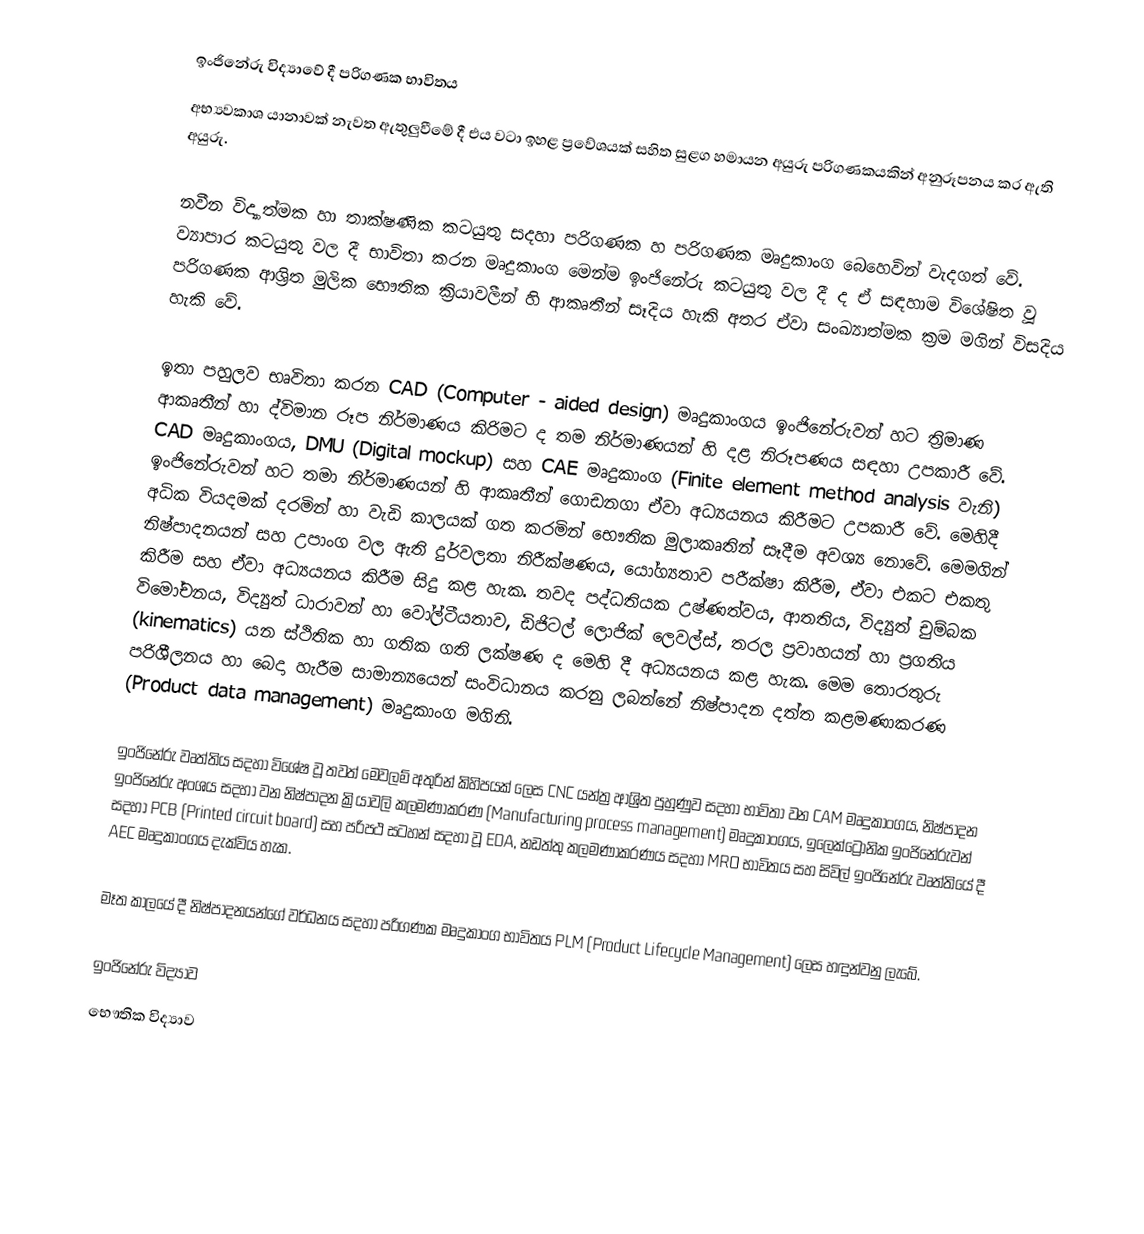
ඉංජිනේරු විද්‍යාවේ දී පරිගණක භාවිතය
අභ්‍යවකාශ යානාවක් නැවත ඇතුලුවීමේ දී එය වටා ඉහළ ප්‍රවේශයක් සහිත සුළග හමායන අයුරු පරිගණකයකින් අනුරූපනය කර ඇති අයුරු.

නවීන විද්‍යාත්මක හා තාක්ෂණික කටයුතු සදහා  පරිගණක හ පරිගණක මෘදුකාංග බෙහෙවින් වැදගත් වේ. ව්‍යාපාර කටයුතු  වල දී භාවිතා කරන මෘදුකාංග  මෙන්ම ඉංජිනේරු කටයුතු වල දී ද ඒ සඳහාම විශේෂිත වූ පරිගණක ආශ්‍රිත මුලික භෞතික  ක්‍රියාවලීන් හි ආකෘතීන් සෑදිය හැකි අතර ඒවා සංඛ්‍යාත්මක ක්‍රම මගින් විසදිය හැකි වේ.

ඉතා පහුලව භෘවිතා කරන CAD (Computer - aided design) මෘදුකාංගය ඉංජිනේරුවන් හට ත්‍රිමාණ ආකෘතීන් හා ද්විමාන රූප නිර්මාණය කිරිමට ද තම නිර්මාණයන් හි දළ නිරූපණය  සඳහා  උපකාරී වේ. CAD මෘදුකාංගය, DMU (Digital mockup) සහ CAE මෘදුකාංග (Finite element method analysis වැනි) ඉංජිනේරුවන් හට තමා නිර්මාණ‍යන් හි ආකෘතීන් ගොඩනගා ඒවා අධ්‍යයනය කිරීමට උපකාරී වේ. මෙහිදී අධික වියදමක් දරමින් හා වැඩි කාලයක් ගත කරමින් භෞතික  මුලාකෘතින් සෑදීම අවශ්‍ය නොවේ. මෙමගින් නිෂ්පාදනයන් සහ උපාංග වල ඇති දුර්වලතා නිරීක්ෂණය,  යෝග්‍යතාව පරීක්ෂා කිරීම, ඒවා එකට එකතු කිරීම සහ ඒවා අධ්‍යයනය කිරීම සිදු කළ හැක. තවද පද්ධතියක උෂ්ණත්වය, ආතතිය, විද්‍යුත් චුම්බක විමෝචනය, විද්‍යුත් ධාරාවන් හා වෝල්ටීයතාව, ඩිජිටල් ලොජික් ලෙවල්ස්, තරල ප්‍රවාහයන් හා ප්‍රගතිය (kinematics) යන ස්ථිතික හා ගතික ගති ලක්ෂණ ද මෙහි දී අධ්‍යයනය කළ හැක. මෙම තොරතුරු පරිශීලනය හා බෙදා හැරීම සාමාන්‍යයෙන් සංවිධානය කරනු ලබන්නේ නිෂ්පාදන දත්ත කළමණාකරණ (Product data management) මෘදුකාංග මගිනි.

ඉංජිනේරු වෘත්තිය සදහා විශේෂ වූ තවත් මෙවලම් අතුරින් කිහිපයක් ලෙස CNC යන්ත්‍ර ආශ්‍රිත පුහුණුව සදහා භාවිතා වන CAM මෘදුකාංගය, නිෂ්පාදන ඉංජිනේරු අංශය සදහා වන  නිෂ්පාදන ක්‍රියාවලි කලමණාකරණ (Manufacturing process management) මෘදුකාංගය, ඉලෙක්ට්‍රොනික ඉංජිනේරුවන් සදහා PCB  (Printed circuit board)  සහ පරිපථ සටහන් සදහා වූ EDA, නඩත්තු  කලමණාකරණය සදහා MRO භාවිතය සහ සිවිල් ඉංජිනේරු වෘත්තියේ දී AEC මෘදුකාංගය දැක්විය හැක.

මෑත කාලයේ දී නිෂ්පාදනයන්ගේ වර්ධනය සදහා පරිගණක මෘදුකාංග භාවිතය PLM (Product Lifecycle Management) ලෙස හඳුන්වනු ලැබේ.

ඉංජිනේරු විද්‍යාව
භෞතික විද්‍යාව